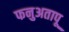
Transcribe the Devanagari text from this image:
फनुअतापू